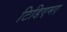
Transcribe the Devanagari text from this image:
टिडिएमए